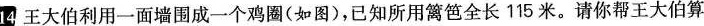
14、王大伯利用一面墙围成一个鸡圈(如图)，已知所用篱笆全长115米。请你帮王大伯算